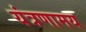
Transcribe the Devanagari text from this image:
यंत्रणामय